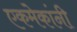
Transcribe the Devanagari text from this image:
एकमेकांनी